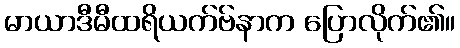
မာယာဒီမီထရိယက်ဗ်နာက ပြောလိုက်၏။